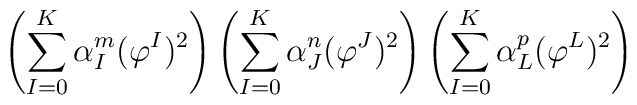
\left(\sum_{I=0}^K\alpha_I^m(\varphi^I)^2\right)\left(\sum_{I=0}^K\alpha_J^n(\varphi^J)^2\right)\left(\sum_{I=0}^K\alpha_L^p(\varphi^L)^2\right)